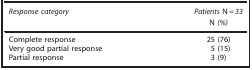
<table><thead><tr><td><b><i>Response category</i></b></td><td><b><i>Patients</i> N<i>=33</i></b></td></tr><tr><td><b> </b></td><td><b>N <i>(%)</i></b></td></tr></thead><tbody><tr><td>Complete response</td><td>25 (76)</td></tr><tr><td>Very good partial response</td><td>5 (15)</td></tr><tr><td>Partial response</td><td>3 (9)</td></tr></tbody></table>